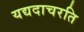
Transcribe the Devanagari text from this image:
यद्यदाचरति